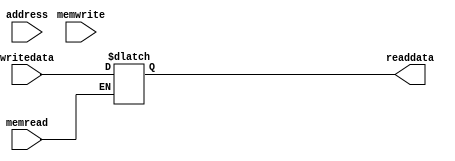
//memory unit
module DataMemory(input memread, 
                input memwrite, 
                input [31:0] address, 
                input [31:0] writedata, 
                output reg [31:0] readdata);
 
  reg [31:0] mem_array [63:0];
  
  integer i;
  initial 
  begin
    for (i=0; i<64; i=i+1)   
      mem_array[i]=32'd0;
  end
 
  always@(memread, memwrite, address, mem_array[address], writedata)
  begin
    $monitor ("addres = %d\n",address);
    if(memwrite)
    begin
      mem_array[address]= writedata;
    end

    if(memread)begin
      readdata=mem_array[address];
    end
  end
endmodule